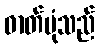
ဓာတ်ပုံသည်